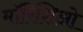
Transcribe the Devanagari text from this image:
मॉरिशिओ